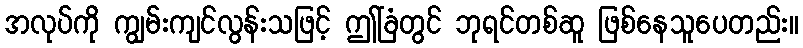
အလုပ်ကို ကျွမ်းကျင်လွန်းသဖြင့် ဤခြံတွင် ဘုရင်တစ်ဆူ ဖြစ်နေသူပေတည်း။